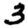
Digit: 3